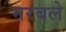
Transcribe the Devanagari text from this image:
मरबले